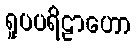
ရူပပရိဠာဟော